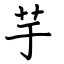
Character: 芋